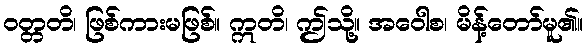
ဝတ္တတိ၊ ဖြစ်ကားမဖြစ်။ ဣတိ၊ ဤသို့။ အဝေါစ၊ မိန့်တော်မူ၏။